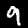
Label: 9